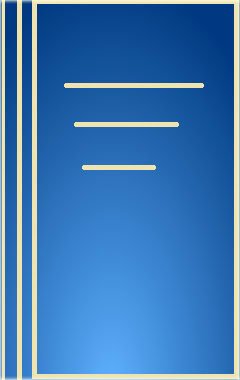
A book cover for Cultural Correlates of Tribal Health; A. B. Hiramani; Medical Books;